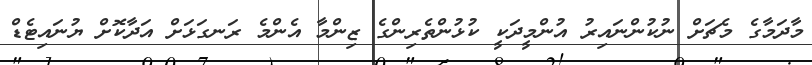
މާދަމާގެ މެޗަށް ނުކުންނައިރު އުންމީދަކީ ކުޅުންތެރިންގެ ޒިންމާ އެންމެ ރަނގަޅަށް އަދާކޮށް ޔުނައިޓެޑް